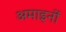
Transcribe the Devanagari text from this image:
अमाइनों